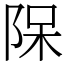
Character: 𨹦